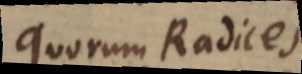
quorum Radices